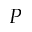
P